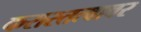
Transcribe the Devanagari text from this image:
करारतत्वावर